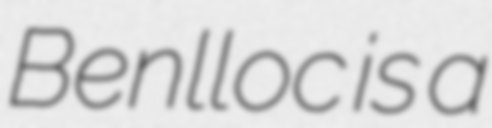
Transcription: Benlloc is a